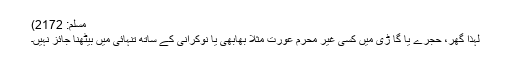
مسلم: 2172)
لہذا گھر، حجرے یا گا ڑی میں کسی غیر محرم عورت مثلاً بھابھی یا نوکرانی کے ساتھ تنہائی میں بیٹھنا جائز نہیں۔